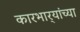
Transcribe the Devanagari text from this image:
कारभार्‍यांच्या